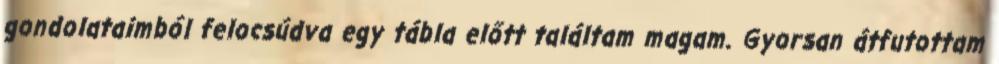
gondolataimból felocsúdva egy tábla előtt találtam magam. Gyorsan átfutottam